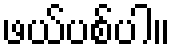
ဖယ်ပစ်ပါ။